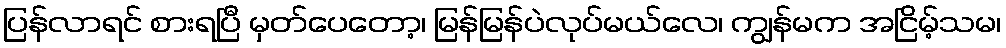
ပြန်လာရင် စားရပြီ မှတ်ပေတော့၊ မြန်မြန်ပဲလုပ်မယ်လေ၊ ကျွန်မက အငြိမ့်သမ၊